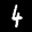
Label: 4